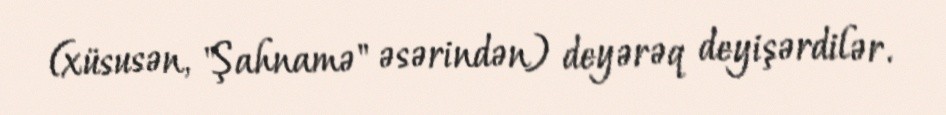
(xüsusən, "Şahnamə" əsərindən) deyərəq deyişərdilər.